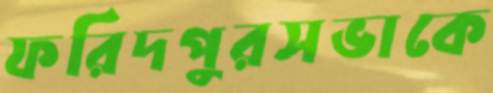
ফরিদপুরসভাকে